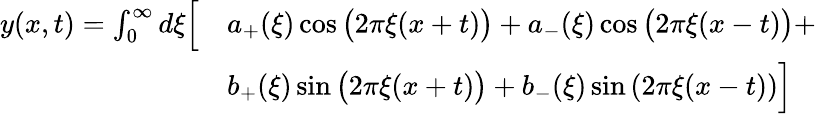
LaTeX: {\begin{array}{rl}{y(x,t)=\int_{0}^{\infty}d\xi{\Bigl[}}&{a_{+}(\xi)\cos{\bigl(}2\pi\xi(x+t){\bigr)}+a_{-}(\xi)\cos{\bigl(}2\pi\xi(x-t){\bigr)}+}\\ &{b_{+}(\xi)\sin{\bigl(}2\pi\xi(x+t){\bigr)}+b_{-}(\xi)\sin\left(2\pi\xi(x-t)\right){\Bigr]}}\end{array}}